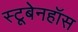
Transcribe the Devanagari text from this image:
स्टूबेनहॉस